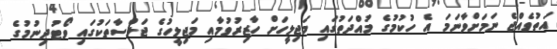
އަތުވެއްޖެ ނަމަށްވާނަމަ އެ ހުކުމުގެ މުއްދަތުގައި މަޖިލީހަށް ހާޒިރުވުމާއި މަޖިލީހުގެ ޖަލްސާތަކުގައި ވޯޓުދިނުމުގެ